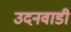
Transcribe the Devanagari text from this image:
उदनवाडी